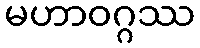
မဟာဝဂ္ဂဿ